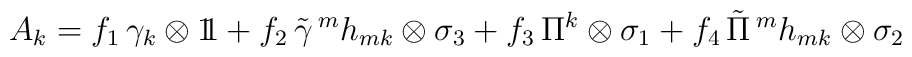
A_{k} = f_{1} \, \gamma_{k} \otimes 1 \! \! 1 + f_{2} \, \tilde{\gamma} \, ^{m} h_{mk} \otimes \sigma_{3}+ f_{3} \, \Pi^{k} \otimes \sigma_{1} + f_{4} \, \tilde{\Pi} \, ^{m} h_{mk} \otimes \sigma_{2}